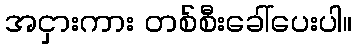
အငှားကား တစ်စီးခေါ်ပေးပါ။